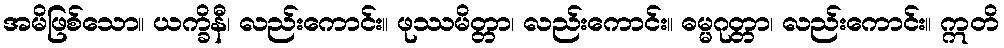
အမိဖြစ်သော။ ယက္ခိနီ၊ လည်းကောင်း။ ဖုဿမိတ္တာ၊ လည်းကောင်း။ ဓမ္မဂုတ္တာ၊ လည်းကောင်း။ ဣတိ